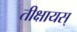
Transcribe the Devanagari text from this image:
तीक्षायस्